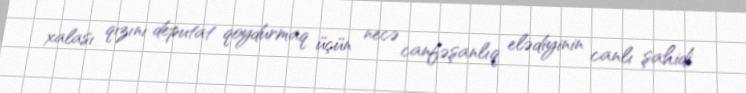
xalası qızını deputat qoydurmaq üçün necə canfəşanlıq elədiyinin canlı şahidi